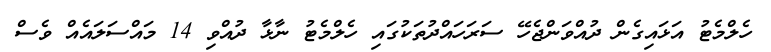
ހެލްމެޓު އަޅައިގެން ދުއްވަންޖެހޭ ސަރަހައްދުތަކުގައި ހެލްމެޓު ނާޅާ ދުއްވި 14 މައްސަލައެއް ވެސް